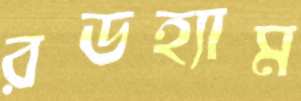
রডহ্যাম